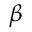
\beta